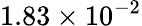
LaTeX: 1.83\times 10^{-2}